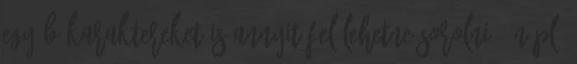
egyéb karaktereket is annyit fel lehetne sorolni, én pl.